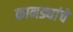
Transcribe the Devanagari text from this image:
कानड्यांचे